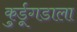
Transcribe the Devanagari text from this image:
कुर्डूगडाला